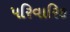
પરિવારિક